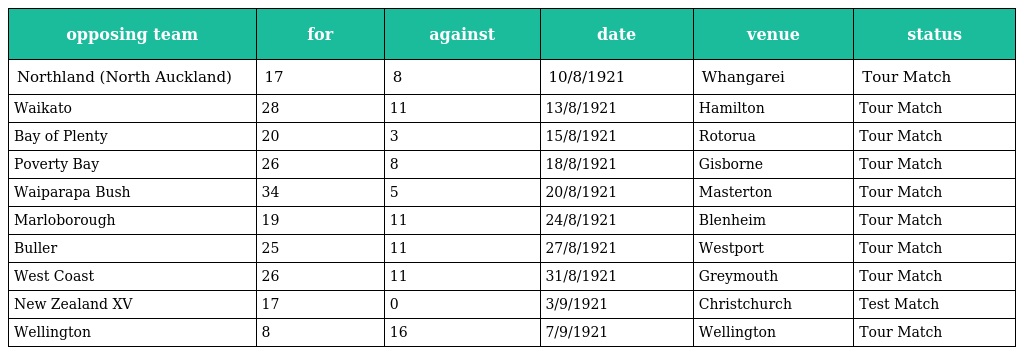
| opposing team | for | against | date | venue | status |
 | --- | --- | --- | --- | --- | --- |
 | Northland (North Auckland) | 17 | 8 | 10/8/1921 | Whangarei | Tour Match |
 | Waikato | 28 | 11 | 13/8/1921 | Hamilton | Tour Match |
 | Bay of Plenty | 20 | 3 | 15/8/1921 | Rotorua | Tour Match |
 | Poverty Bay | 26 | 8 | 18/8/1921 | Gisborne | Tour Match |
 | Waiparapa Bush | 34 | 5 | 20/8/1921 | Masterton | Tour Match |
 | Marloborough | 19 | 11 | 24/8/1921 | Blenheim | Tour Match |
 | Buller | 25 | 11 | 27/8/1921 | Westport | Tour Match |
 | West Coast | 26 | 11 | 31/8/1921 | Greymouth | Tour Match |
 | New Zealand XV | 17 | 0 | 3/9/1921 | Christchurch | Test Match |
 | Wellington | 8 | 16 | 7/9/1921 | Wellington | Tour Match |